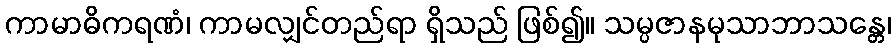
ကာမာဓိကရဏံ၊ ကာမလျှင်တည်ရာ ရှိသည် ဖြစ်၍။ သမ္ပဇာနမုသာဘာသန္တေ၊